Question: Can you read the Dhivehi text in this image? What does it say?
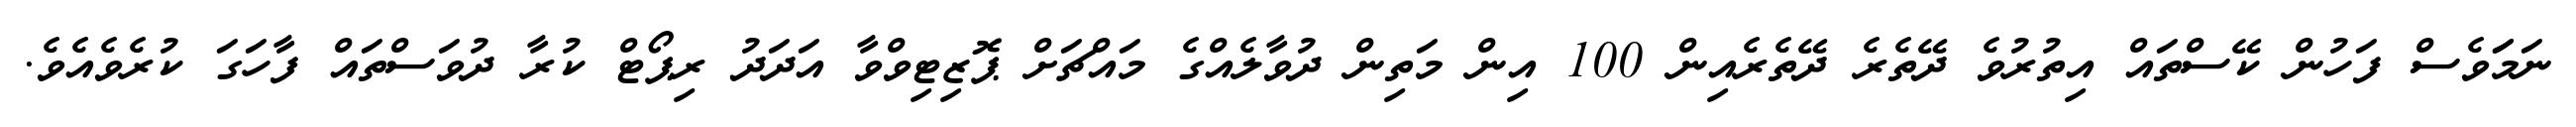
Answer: ނަމަަވެސް ފަހުން ކޭސްތައް އިތުރުވެ ދޭތެރެ ދޭތެރެއިން 100 އިން މަތިން ދުވާލެއްގެ މައްޗަށް ޕޮޒިޓިވްވާ އަދަދު ރިޕޯޓް ކުރާ ދުވަސްތައް ފާހަގަ ކުރެވެއެވެ.